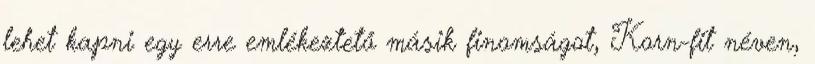
lehet kapni egy erre emlékeztető másik finomságot, Korn-fit néven,